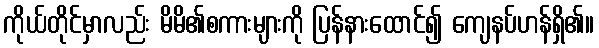
ကိုယ်တိုင်မှာလည်း မိမိ၏စကားများကို ပြန်နားထောင်၍ ကျေနပ်ဟန်ရှိ၏။